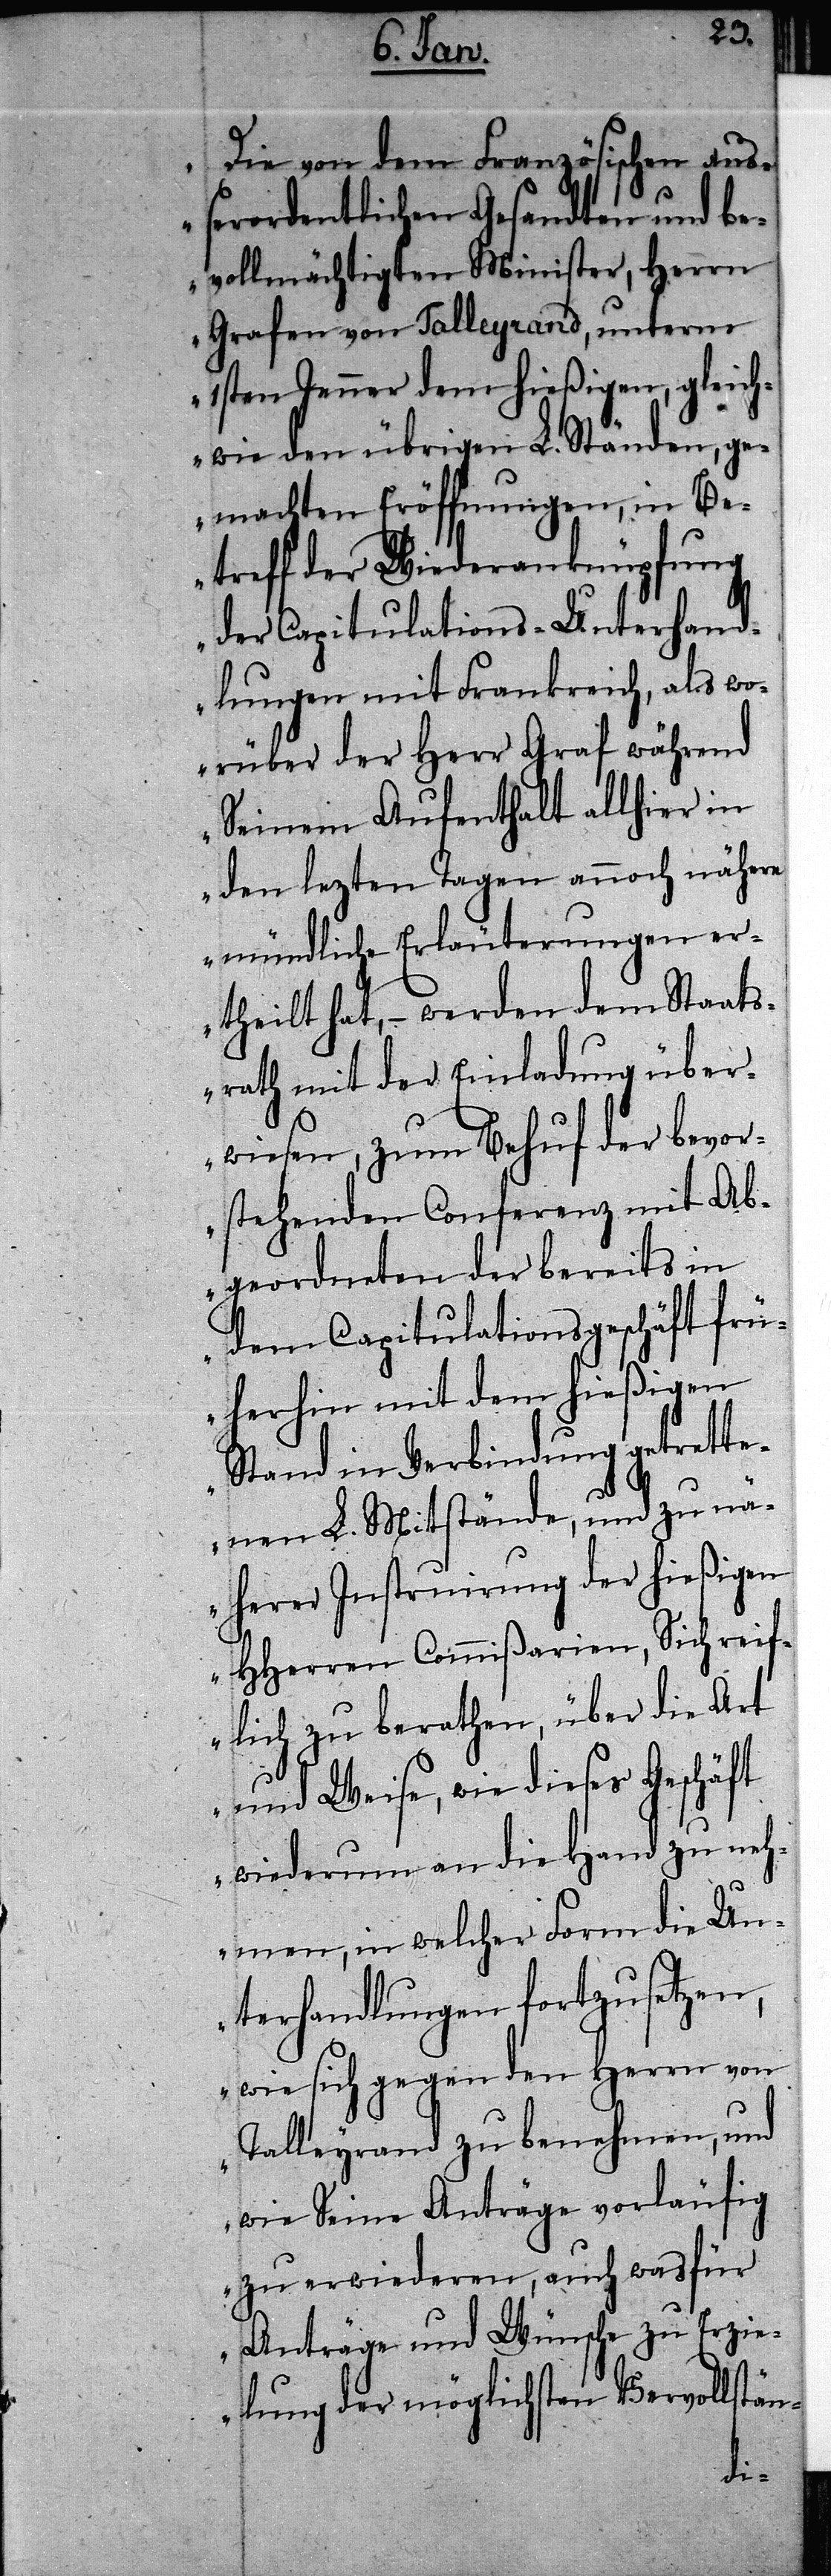
„Die von dem Französischen auß¬
erordentlichen Gesandten und be¬
vollmächtigten Minister, Herrn
Grafen von Talleyrand, unterm
1sten Jenner dem hießigen, gleich¬
wie den übrigen L. Ständen, ge¬
machten Eröffnungen, in Be¬
treff der Wiederanknüpfung
der Capitulations-Unterhand¬
lungen mit Frankreich, als wo¬
rüber der Herr Graf während
Seinem Aufenthalt allhier in
den lezten Tagen annoch nähere
mündliche Erläuterungen er¬
theilt hat, – werden dem Staats¬
rath mit der Einladung über¬
wiesen, zum Behuf der bevor¬
stehenden Conferenz mit Ab¬
geordneten der bereits in
dem Capitulationsgeschäft frü¬
herhin mit dem hießigen
Stand in Verbindung getrette¬
nen L. Mitstände, und zu nä¬
herer Instruirung der hießigen
HHerren Commißarien, Sich reif¬
lich zu berathen, über die Art
und Weise, wie dieses Geschäft
wiederum an die Hand zu neh¬
men, in welcher Form die Un¬
terhandlungen fortzusetzen,
wie sich gegen den Herrn von
Talleyrand zu benehmen, und
wie Seine Anträge vorläufig
zu erwiederen, auch was für
Anträge und Wünsche zu Erzie¬
lung der möglichsten Vervollstän-